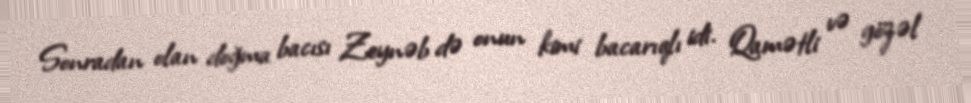
Sonradan olan doğma bacısı Zeynəb də onun kimi bacarıqlı idi. Qamətli və gözəl